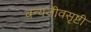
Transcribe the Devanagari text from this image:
वन्यजीवसृष्टी